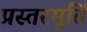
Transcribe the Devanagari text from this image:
प्रस्तरमूर्ति